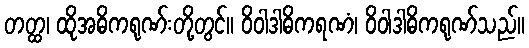
တတ္ထ၊ ထိုအဓိကရုဏ်းတို့တွင်။ ဝိဝါဒါဓိကရဏံ၊ ဝိဝါဒါဓိကရုဏ်သည်။